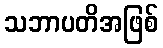
သဘာပတိအဖြစ်